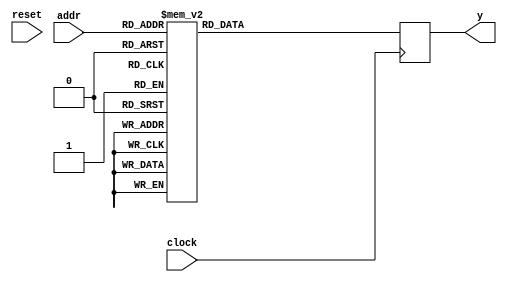
module rom_behav_b (
  input wire clock,
  input wire reset,
  input wire [4:0] addr,
  output wire [31:0] y
);
  reg [31:0] ram;

  always @(posedge clock) begin
    case(addr)
      5'd0: ram <= 32'hD3301861;
      5'd1: ram <= 32'hCC0D694A;
      5'd2: ram <= 32'h3248C9DA;
      5'd3: ram <= 32'h376425D3;
      5'd4: ram <= 32'hC53D7454;
      5'd5: ram <= 32'h8495153B;
      5'd6: ram <= 32'hCAC4CFEC;
      5'd7: ram <= 32'hFF56CBC7;
      5'd8: ram <= 32'h1CB3B3A6;
      5'd9: ram <= 32'h27E588EA;
      5'd10: ram <= 32'h8A4880C6;
      5'd11: ram <= 32'h6956C4DC;
      5'd12: ram <= 32'hCF4735F1;
      5'd13: ram <= 32'hCDFF9AA3;
      5'd14: ram <= 32'h24BD4009;
      5'd15: ram <= 32'h5D10546E;
      5'd16: ram <= 32'h359A76C9;
      5'd17: ram <= 32'h7F55F4A4;
      5'd18: ram <= 32'h4EF132A2;
      5'd19: ram <= 32'h5470D8D9;
      5'd20: ram <= 32'h7D5B1F08;
      5'd21: ram <= 32'h5082840F;
      5'd22: ram <= 32'h3ECCAE03;
      5'd23: ram <= 32'h9FF5814E;
      5'd24: ram <= 32'hF4050D9A;
      5'd25: ram <= 32'h0B8B41BF;
      5'd26: ram <= 32'h5FF6006A;
      5'd27: ram <= 32'h843ECF22;
      5'd28: ram <= 32'h28F4779D;
      5'd29: ram <= 32'h7041677E;
      5'd30: ram <= 32'hEBD55AC8;
      5'd31: ram <= 32'h0C3F0B5D;
      default: ram <= 32'd0;
    endcase
  end

  assign y = ram;
endmodule